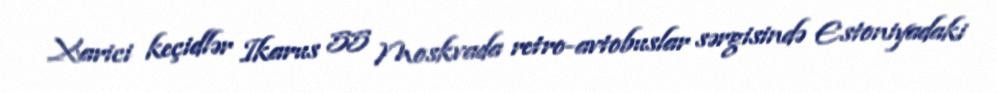
Xarici keçidlər Ikarus 55 Moskvada retro-avtobuslar sərgisində Estoniyadaki